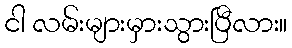
ငါ လမ်းများမှားသွားပြီလား။